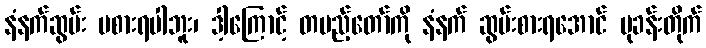
နံနက်ဆွမ်း မစားရပါဘူး၊ ဒါ့ကြောင့် တပည့်တော်ကို နံနက် ဆွမ်းစားရအောင် ပုခန်းတိုက်